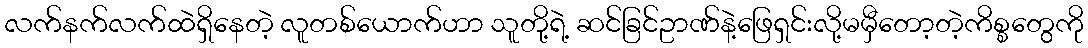
လက်နက်လက်ထဲရှိနေတဲ့ လူတစ်ယောက်ဟာ သူတို့ရဲ့ ဆင်ခြင်ဥာဏ်နဲ့ဖြေရှင်းလို့မမှီတော့တဲ့ကိစ္စတွေကို